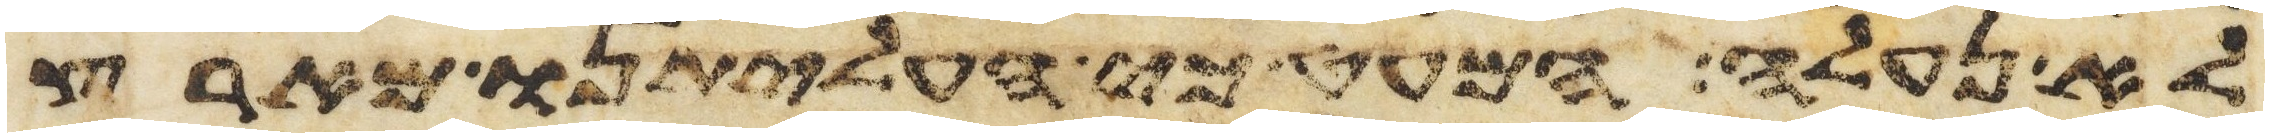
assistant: לא נעלה המעט כי העליתנו מארץ